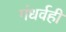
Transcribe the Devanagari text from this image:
गंधर्वही